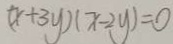
( x + 3 y ) ( x - 2 y ) = 0